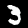
Label: 3